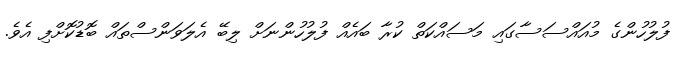
ފުލުހުންގެ މުއައްސަސާގައި މަސައްކަތް ކުރާ ބައެއް ފުލުހުންނަށް ލިބޭ އެލަވަންސްތައް ބޮޑުކޮށްފި އެވެ.